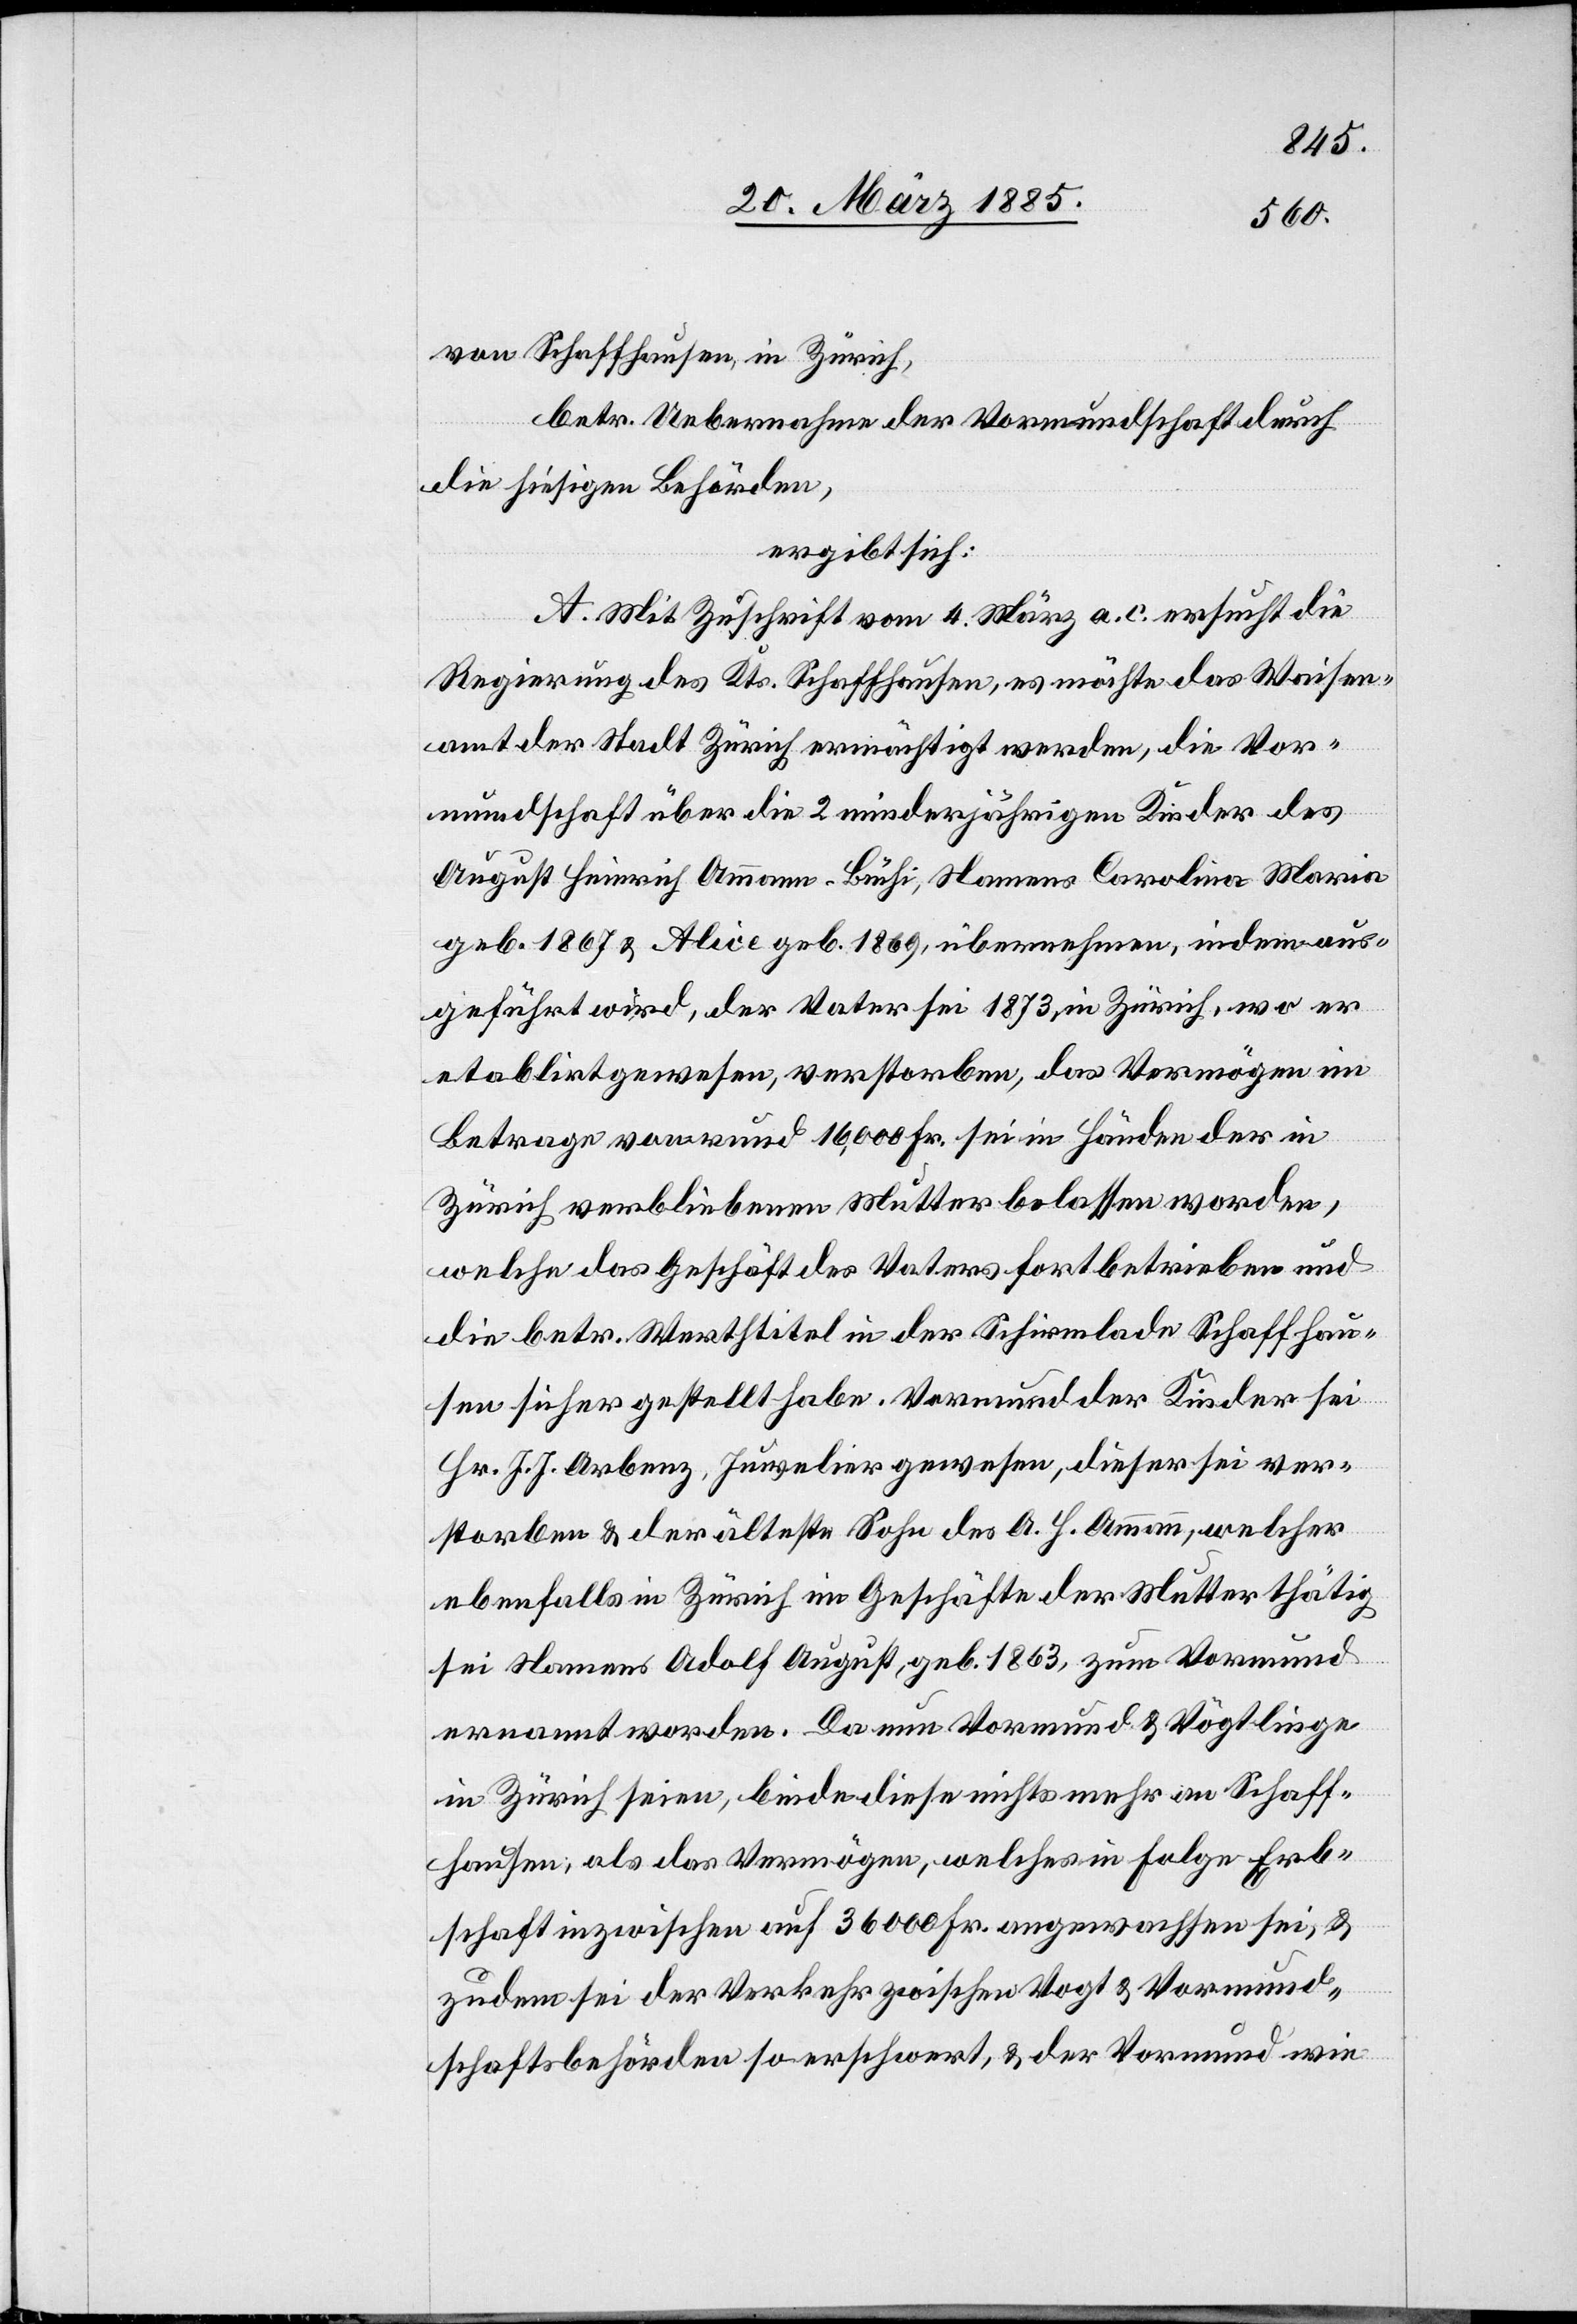
von Schaffhausen in Zürich,
betr. Uebernahme der Vormundschaft durch
die hiesigen Behörden,
ergibt sich:
A. Mit Zuschrift vom 4. März a. c. ersucht die
Regierung des Kts. Schaffhausen, es möchte das Waisen¬
amt der Stadt Zürich ermächtigt werden, die Vor¬
mundschaft über die 2 minderjährigen Kinder des
August Heinrich Ammann-Büchi, Namens Carolina Maria
geb. 1867 & Alice geb. 1869, übernehmen indem aus¬
geführt wird, der Vater sei 1873, in Zürich, wo er
etablirt gewesen, verstorben, das Vermögen im
Betrage von rund 16,000 Fr. sei in Händen der in
Zürich verbliebenen Mutter belassen worden,
welche das Geschäft des Vaters fortbetrieben und
die betr. Werthtitel in der Schirmlade Schaffhau¬
sen sicher gestellt habe. Vormund der Kinder sei
Hr. J. J. Arbenz, Juwelier gewesen, dieser sei ver¬
storben & der älteste Sohn des A. H. Ammann, welcher
ebenfalls in Zürich im Geschäfte der Mutter thätig
sei Namens Adolf August, geb. 1863, zum Vormund
ernannt worden. Da nun Vormund & Vögtlinge
in Zürich seien, beide diese nichts mehr an Schaffh¬
bschaft inzwischen auf 36 000 Fr. angewachsen sei, &
zudem sei der Verkehr zwischen Vogt & Vormund¬
schaftsbehörden so erschwert, & der Vormund wie

Er¬